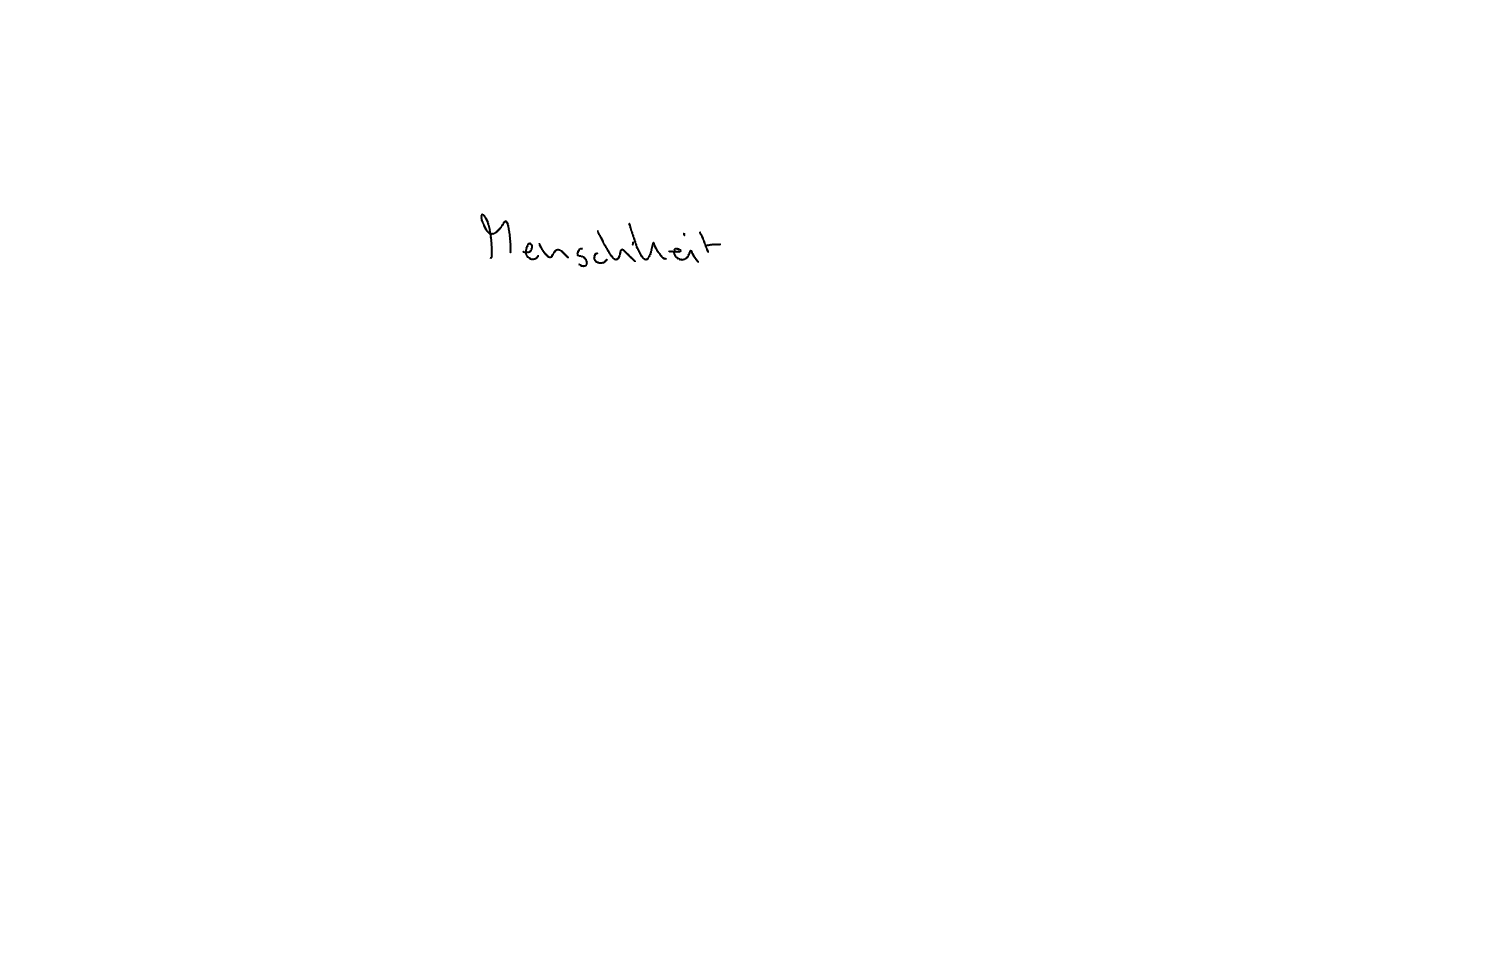
Text: Menschheit